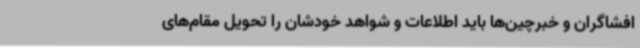
افشاگران و خبرچین‌ها باید اطلاعات و شواهد خودشان را تحویل مقام‌های